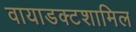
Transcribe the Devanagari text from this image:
वायाडक्टशामिल